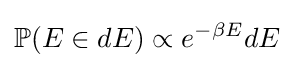
\mathbb {P} (E\in dE)\propto e^{-\beta E}dE